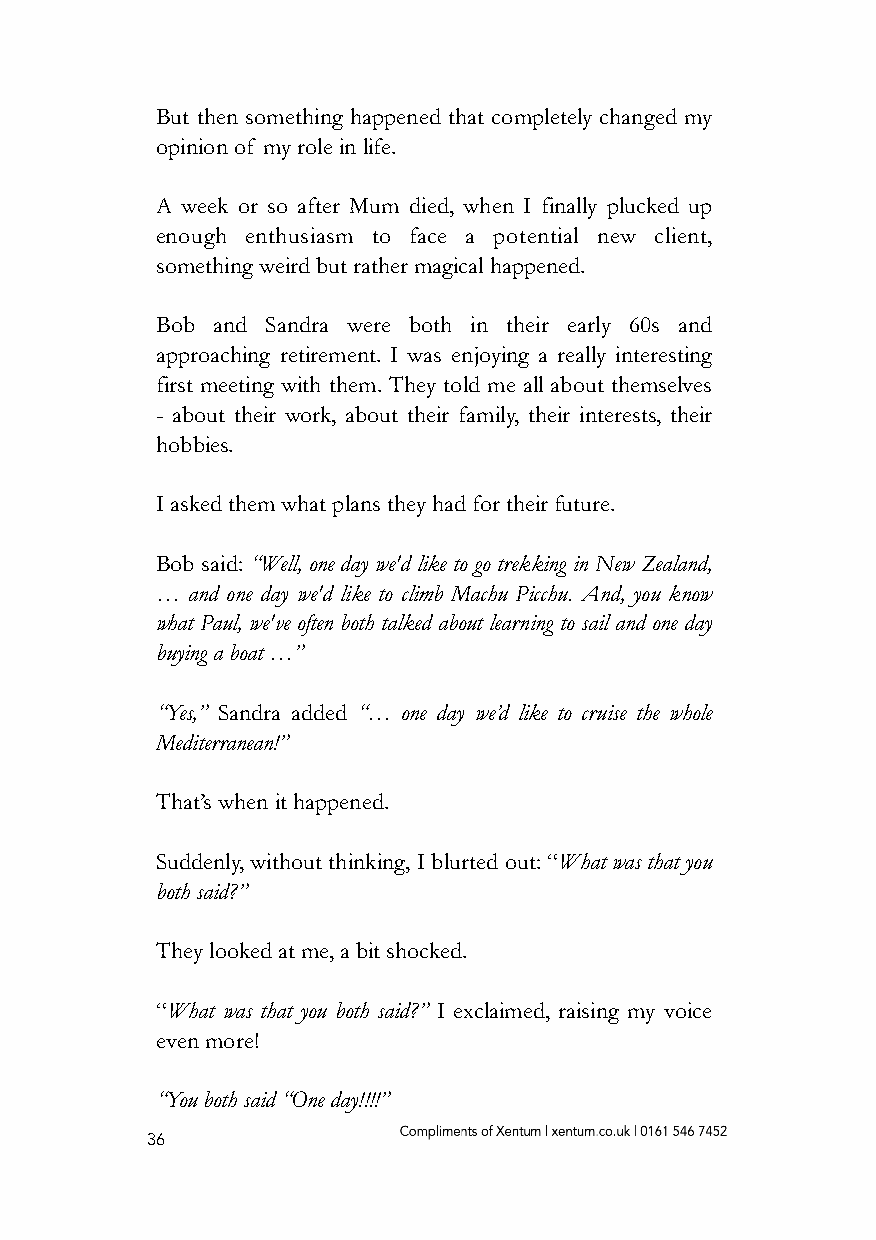
But then something happened that completely changed my
 opinion of my role in life.
 A week or so after Mum died, when I finally plucked up
 enough enthusiasm to face a potential new client,
 something weird but rather magical happened.
 Bob and Sandra were both in their early 60s and
 approaching retirement. I was enjoying a really interesting
 first meeting with them. They told me all about themselves
 - about their work, about their family, their interests, their
 hobbies.
 I asked them what plans they had for their future.
 Bob said: “Well, one day we'd like to go trekking in New Zealand,
 … and one day we'd like to climb Machu Picchu. And, you know
 what Paul, we've often both talked about learning to sail and one day
 buying a boat …”
 “Yes,” Sandra added “… one day we’d like to cruise the whole
 Mediterranean!”
 That’s when it happened.
 Suddenly, without thinking, I blurted out: “What was that you
 both said?”
 They looked at me, a bit shocked.
 “What was that you both said?” I exclaimed, raising my voice
 even more!
 “You both said “One day!!!!”
 36